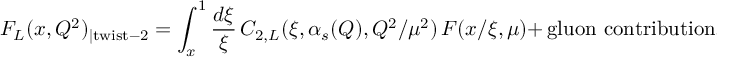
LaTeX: F _ { L } ( x , Q ^ { 2 } ) _ { | \mathrm { t w i s t - 2 } } = \int _ { x } ^ { 1 } \frac { d \xi } { \xi } \, C _ { 2 , L } ( \xi , \alpha _ { s } ( Q ) , Q ^ { 2 } / \mu ^ { 2 } ) \, F ( x / \xi , \mu ) + \, \mathrm { g l u o n ~ c o n t r i b u t i o n } .